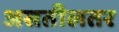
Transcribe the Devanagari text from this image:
असतीलतर